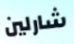
شارلين